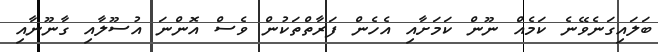
ބަލައިގަނެވޭނެ ކަމެއް ނޫން ކަމަށާއި އެެހެން ފަރާތްތަކުން ވެސް އޮންނަ އުސޫލާއި ގާނޫނާއި